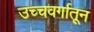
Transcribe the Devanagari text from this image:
उच्चवर्गातून